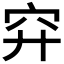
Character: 𥤰